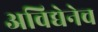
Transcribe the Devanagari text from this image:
अविद्येनेच